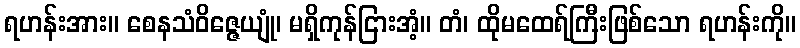
ရဟန်းအား။ စေနသံဝိဇ္ဇေယျုံ၊ မရှိကုန်ငြားအံ့။ တံ၊ ထိုမထေရ်ကြီးဖြစ်သော ရဟန်းကို။